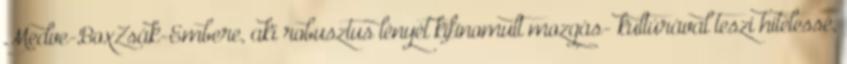
Medve-BoxZsák-Embere, aki robusztus lényét kifinomult mozgás- kultúrával teszi hitelessé,